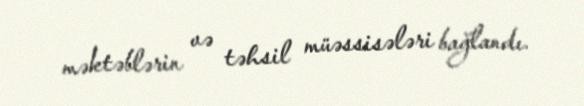
məktəblərin və təhsil müəssisələri bağlandı.